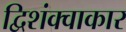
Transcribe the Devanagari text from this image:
द्विशंक्वाकार